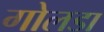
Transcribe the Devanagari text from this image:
गोलडा